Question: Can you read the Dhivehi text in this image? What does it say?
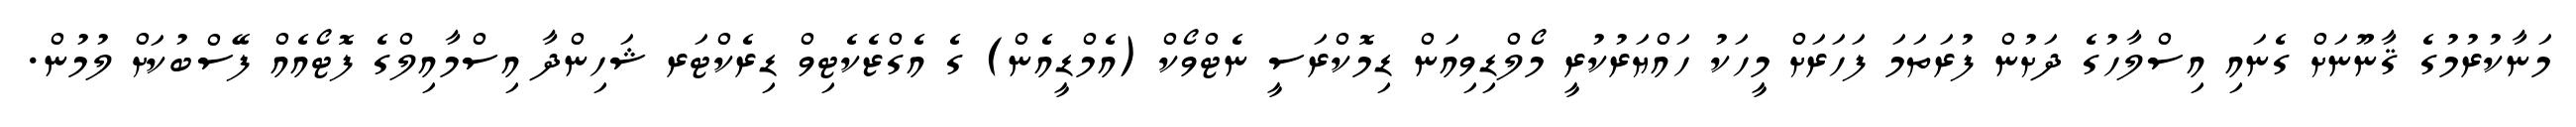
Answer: މަނާކުރުމުގެ ޤާނޫނަށް ގެނައި އިސްލާހުގެ ދަށުން ފުރަތަމަ ފަހަރަށް މީހަކު ހައްޔަރުކުރީ މޯލްޑިވިއަން ޑިމޮކްރަސީ ނެޓްވޯކް (އެމްޑީއެން) ގެ އެގްޒެކެޓިވް ޑިރެކްޓަރ ޝަހިންދާ އިސްމާއިލްގެ ފޮޓޯއެއް ފޭސްބުކަށް ލުމުން.